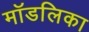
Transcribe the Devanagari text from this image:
मॉडलिका